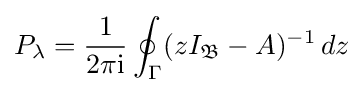
P_{\lambda }={\frac {1}{2\pi \mathrm {i} }}\oint _{\Gamma }(zI_{\mathfrak {B}}-A)^{-1}\,dz